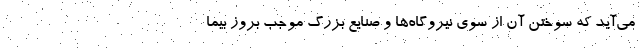
می‌آید که سوختن آن از سوی نیروگاه‌‌ها و صنایع بزرگ موجب بروز بیما